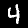
Digit: 4